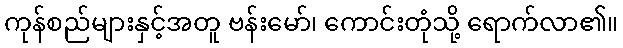
ကုန်စည်များနှင့်အတူ ဗန်းမော်၊ ကောင်းတုံသို့ ရောက်လာ၏။